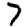
Digit: 7